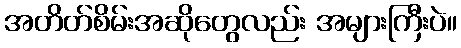
အတိတ်စိမ်းအဆိုတွေလည်း အများကြီးပဲ။